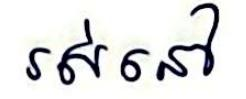
រស់នៅ